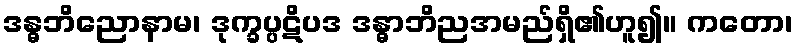
ဒန္ဓဘိညောနာမ၊ ဒုက္ခပ္ပဋိပဒ ဒန္ဓာဘိညအမည်ရှိ၏ဟူ၍။ ကတော၊